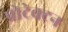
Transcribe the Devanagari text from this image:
प्रोटेक्टन